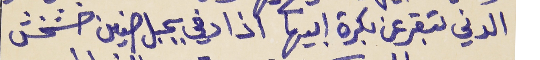
الدني بتقر عن بكرة ابيها      اذا دفي بجبل صنين خشخش